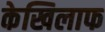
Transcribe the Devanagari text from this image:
केखिलाफ